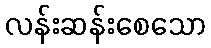
လန်းဆန်းစေသော